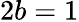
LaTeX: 2b=1